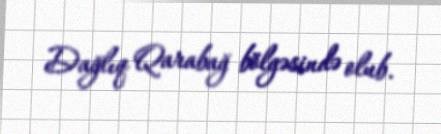
Dağlıq Qarabağ bölgəsində olub.